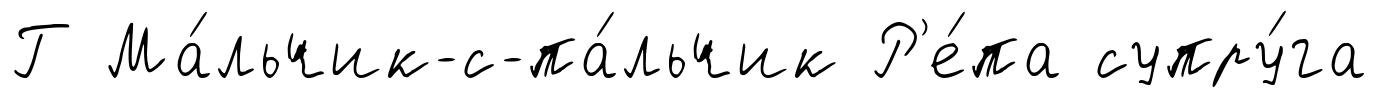
Г Ма́льчик-с-па́льчик Р'е́па супру́га